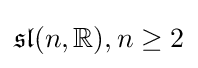
{\mathfrak {sl}}(n,\mathbb {R} ),n\geq 2